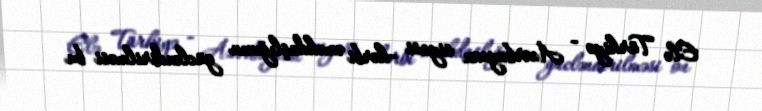
Elə Türkiyə - Azərbaycan siyasi -hərbi əməkdaşlığının gücləndirilməsi bu